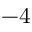
- 4